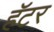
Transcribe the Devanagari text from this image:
हॅटर